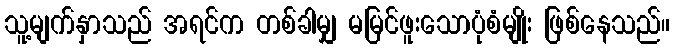
သူ့မျက်နှာသည် အရင်က တစ်ခါမျှ မမြင်ဖူးသောပုံစံမျိုး ဖြစ်နေသည်။